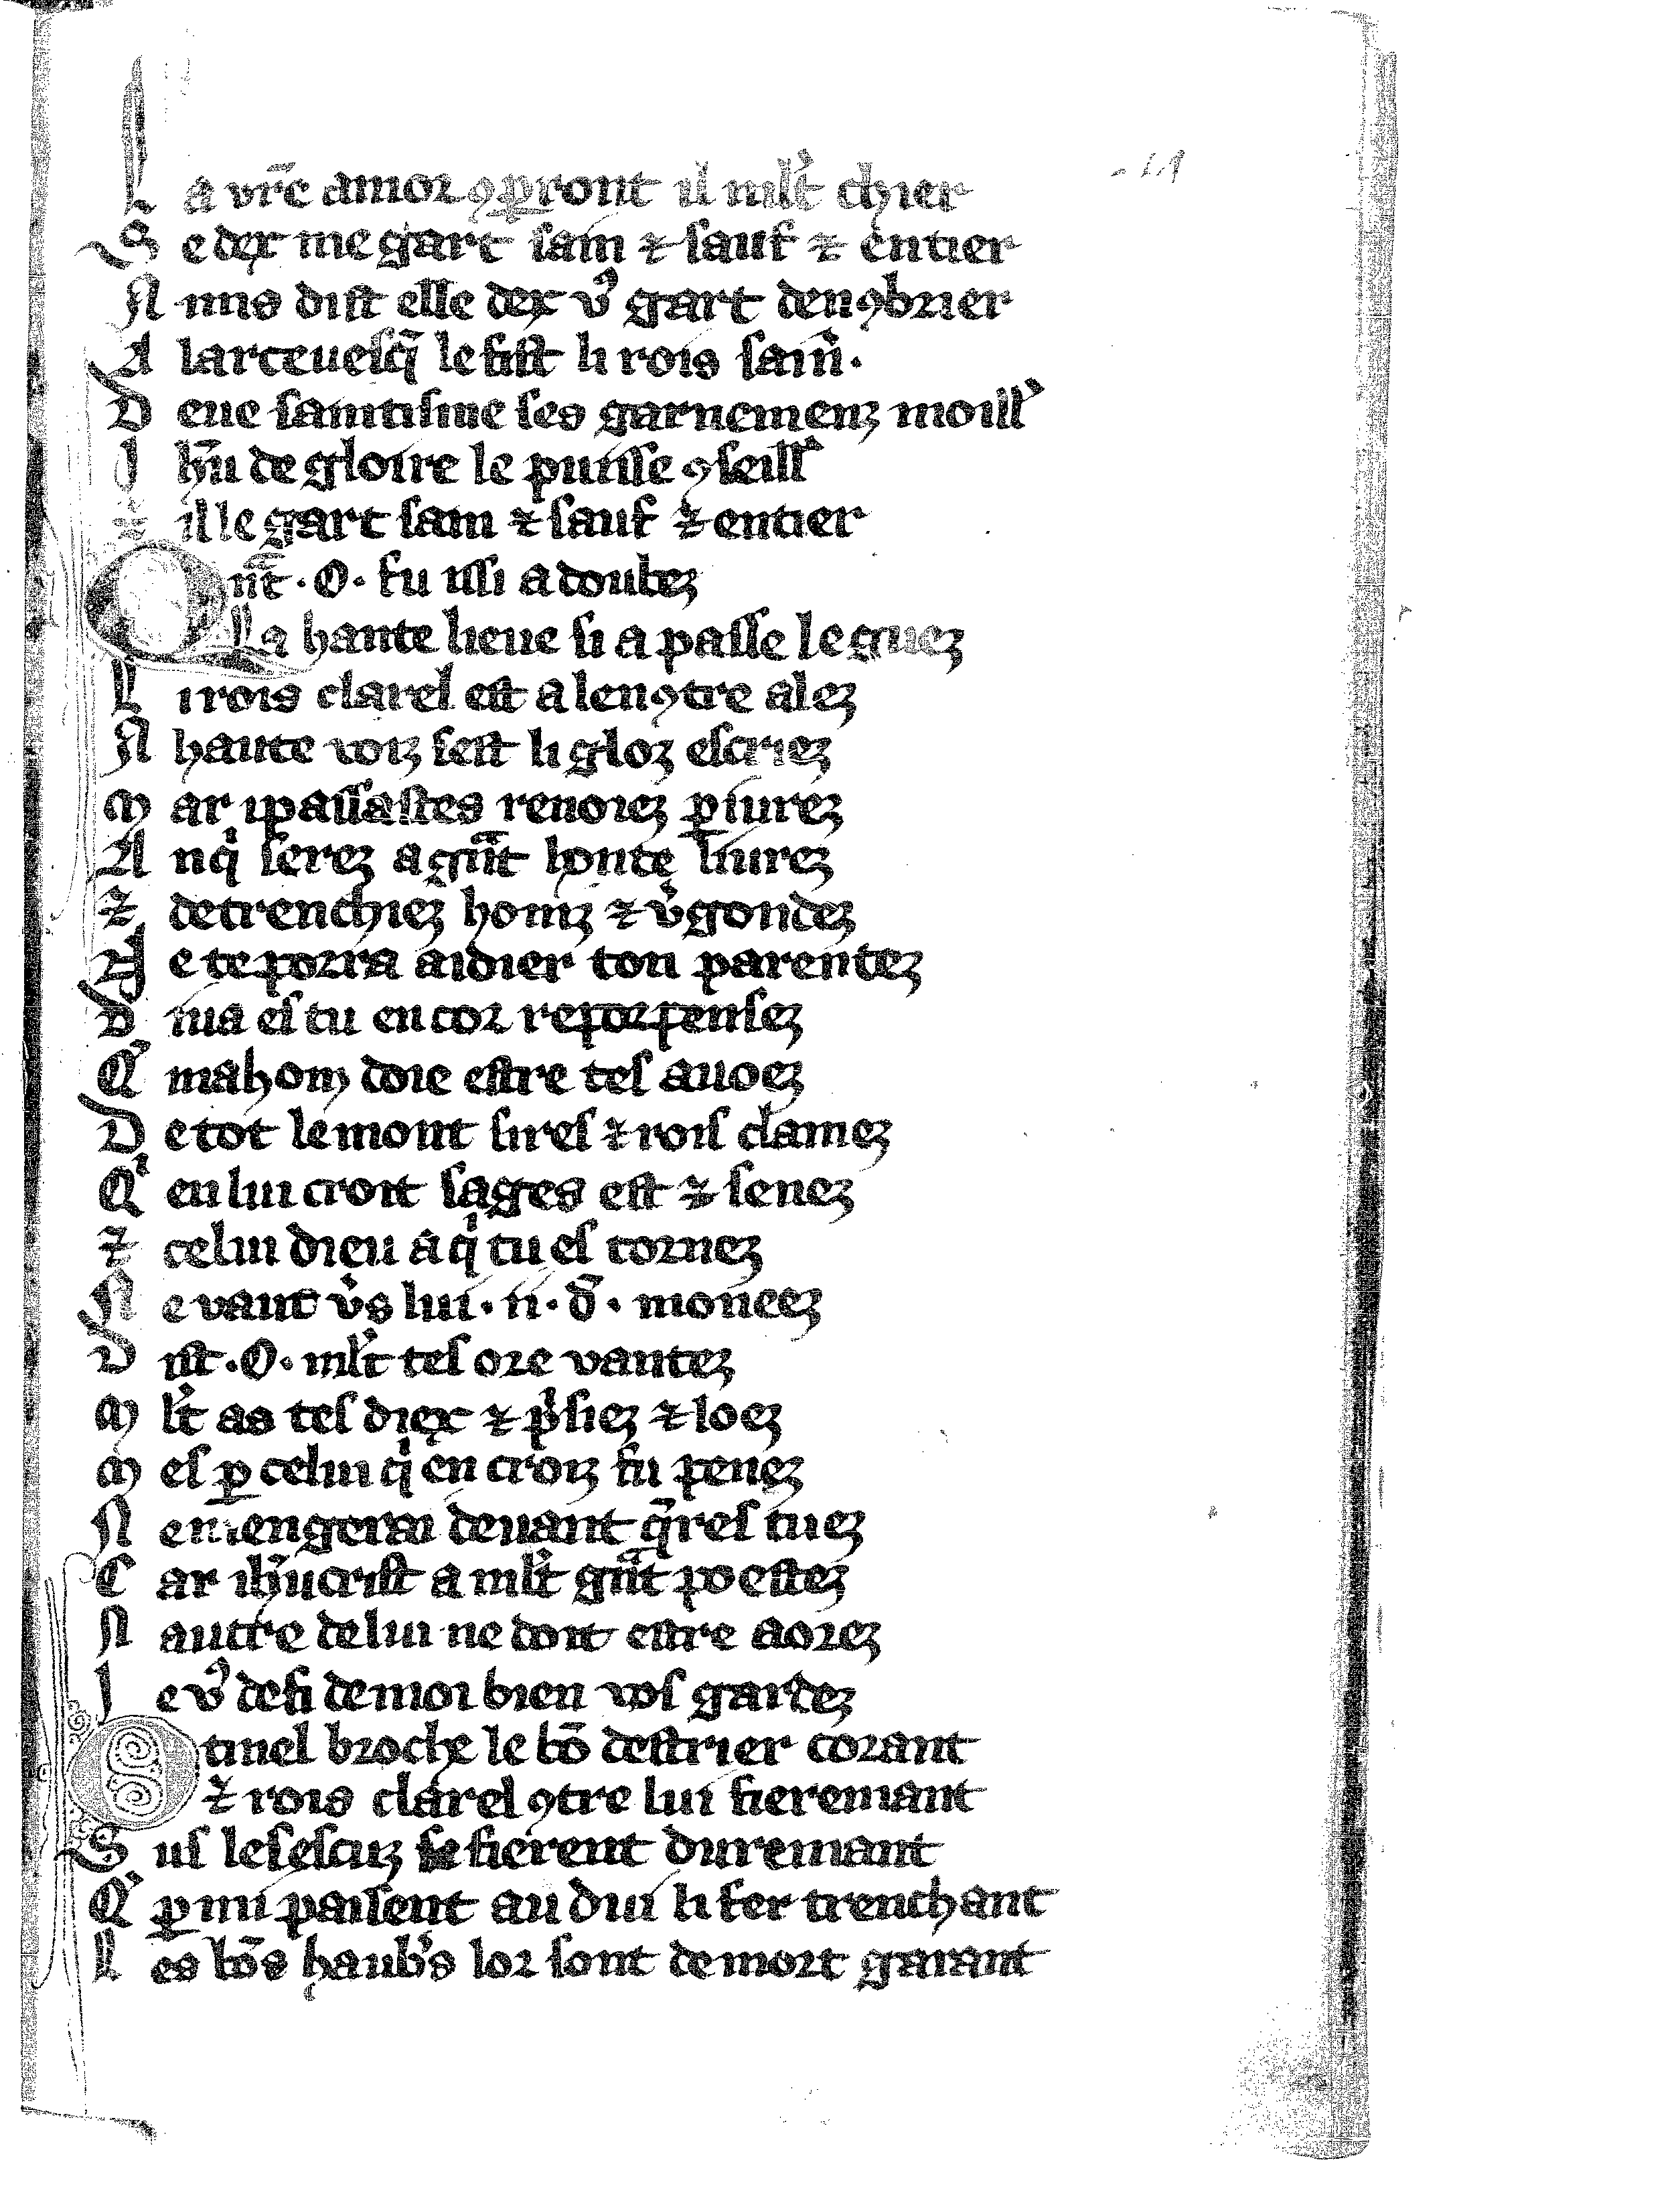
Shelfmark: Vatican, Biblioteca apostolica vaticana, Reg.lat. 1616
Century: 14